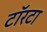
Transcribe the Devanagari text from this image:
टॉरटा